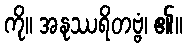
ကို။ အနုဿရိတဗ္ဗံ၊ ၏။